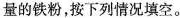
量的铁粉，按下列情况填空。